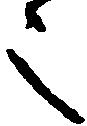
之